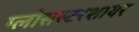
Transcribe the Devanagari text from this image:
ग्लोसस्टरशायर